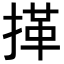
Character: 𢯹